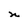
Character: n